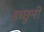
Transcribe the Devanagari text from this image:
इच्छुनी